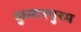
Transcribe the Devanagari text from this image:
कुमारपुरम